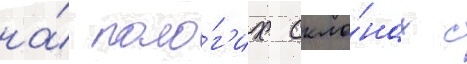
на́ поло́г'их скло́нах с